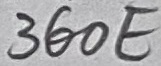
Text: 360Ω